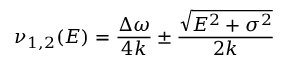
\nu _ { 1 , 2 } ( E ) = \frac { \Delta \omega } { 4 k } \pm \frac { \sqrt { E ^ { 2 } + \sigma ^ { 2 } } } { 2 k }